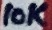
Text: 10K